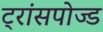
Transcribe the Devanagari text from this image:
ट्रांसपोज्ड